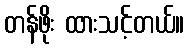
တန်ဖိုး ထားသင့်တယ်။